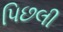
પિછલી